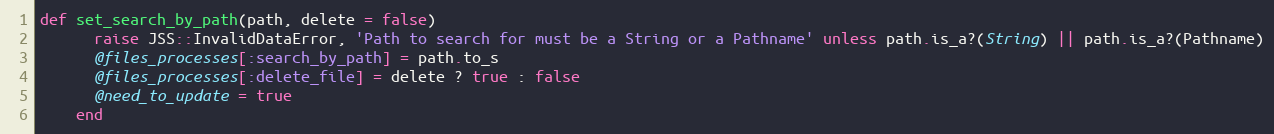
Language: Ruby
def set_search_by_path(path, delete = false)
      raise JSS::InvalidDataError, 'Path to search for must be a String or a Pathname' unless path.is_a?(String) || path.is_a?(Pathname)
      @files_processes[:search_by_path] = path.to_s
      @files_processes[:delete_file] = delete ? true : false
      @need_to_update = true
    end